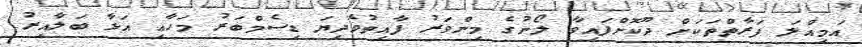
އަމިއްލަ ފަރާތްތަކަށް ދޫކޮށްފައިވާ ލޯނުގެ މިންވަރު ފާއިތުވެދިޔަ ޑިސެމްބަރު މަހާއި އަޅާ ބަލާއިރު